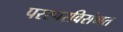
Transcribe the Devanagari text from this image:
परस्परविसंगत